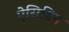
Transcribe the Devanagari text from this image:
ऐसिडिन